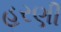
હરણી